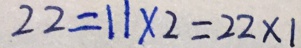
2 2 = 1 1 \times 2 = 2 2 \times 1